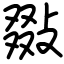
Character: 敠